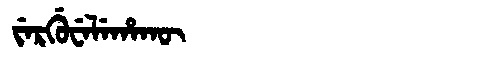
Manchu: ᠵᡝᡵᡤᡠᠸᡝᠯᡝᡥᠠᡴᡡ
Romanization: JERGUWELEHAKŪ